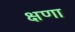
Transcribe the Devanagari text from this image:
क्षणा